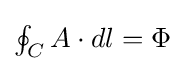
{\textstyle \oint _{C}A\cdot dl=\Phi }